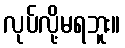
လုပ်လို့မရဘူး။